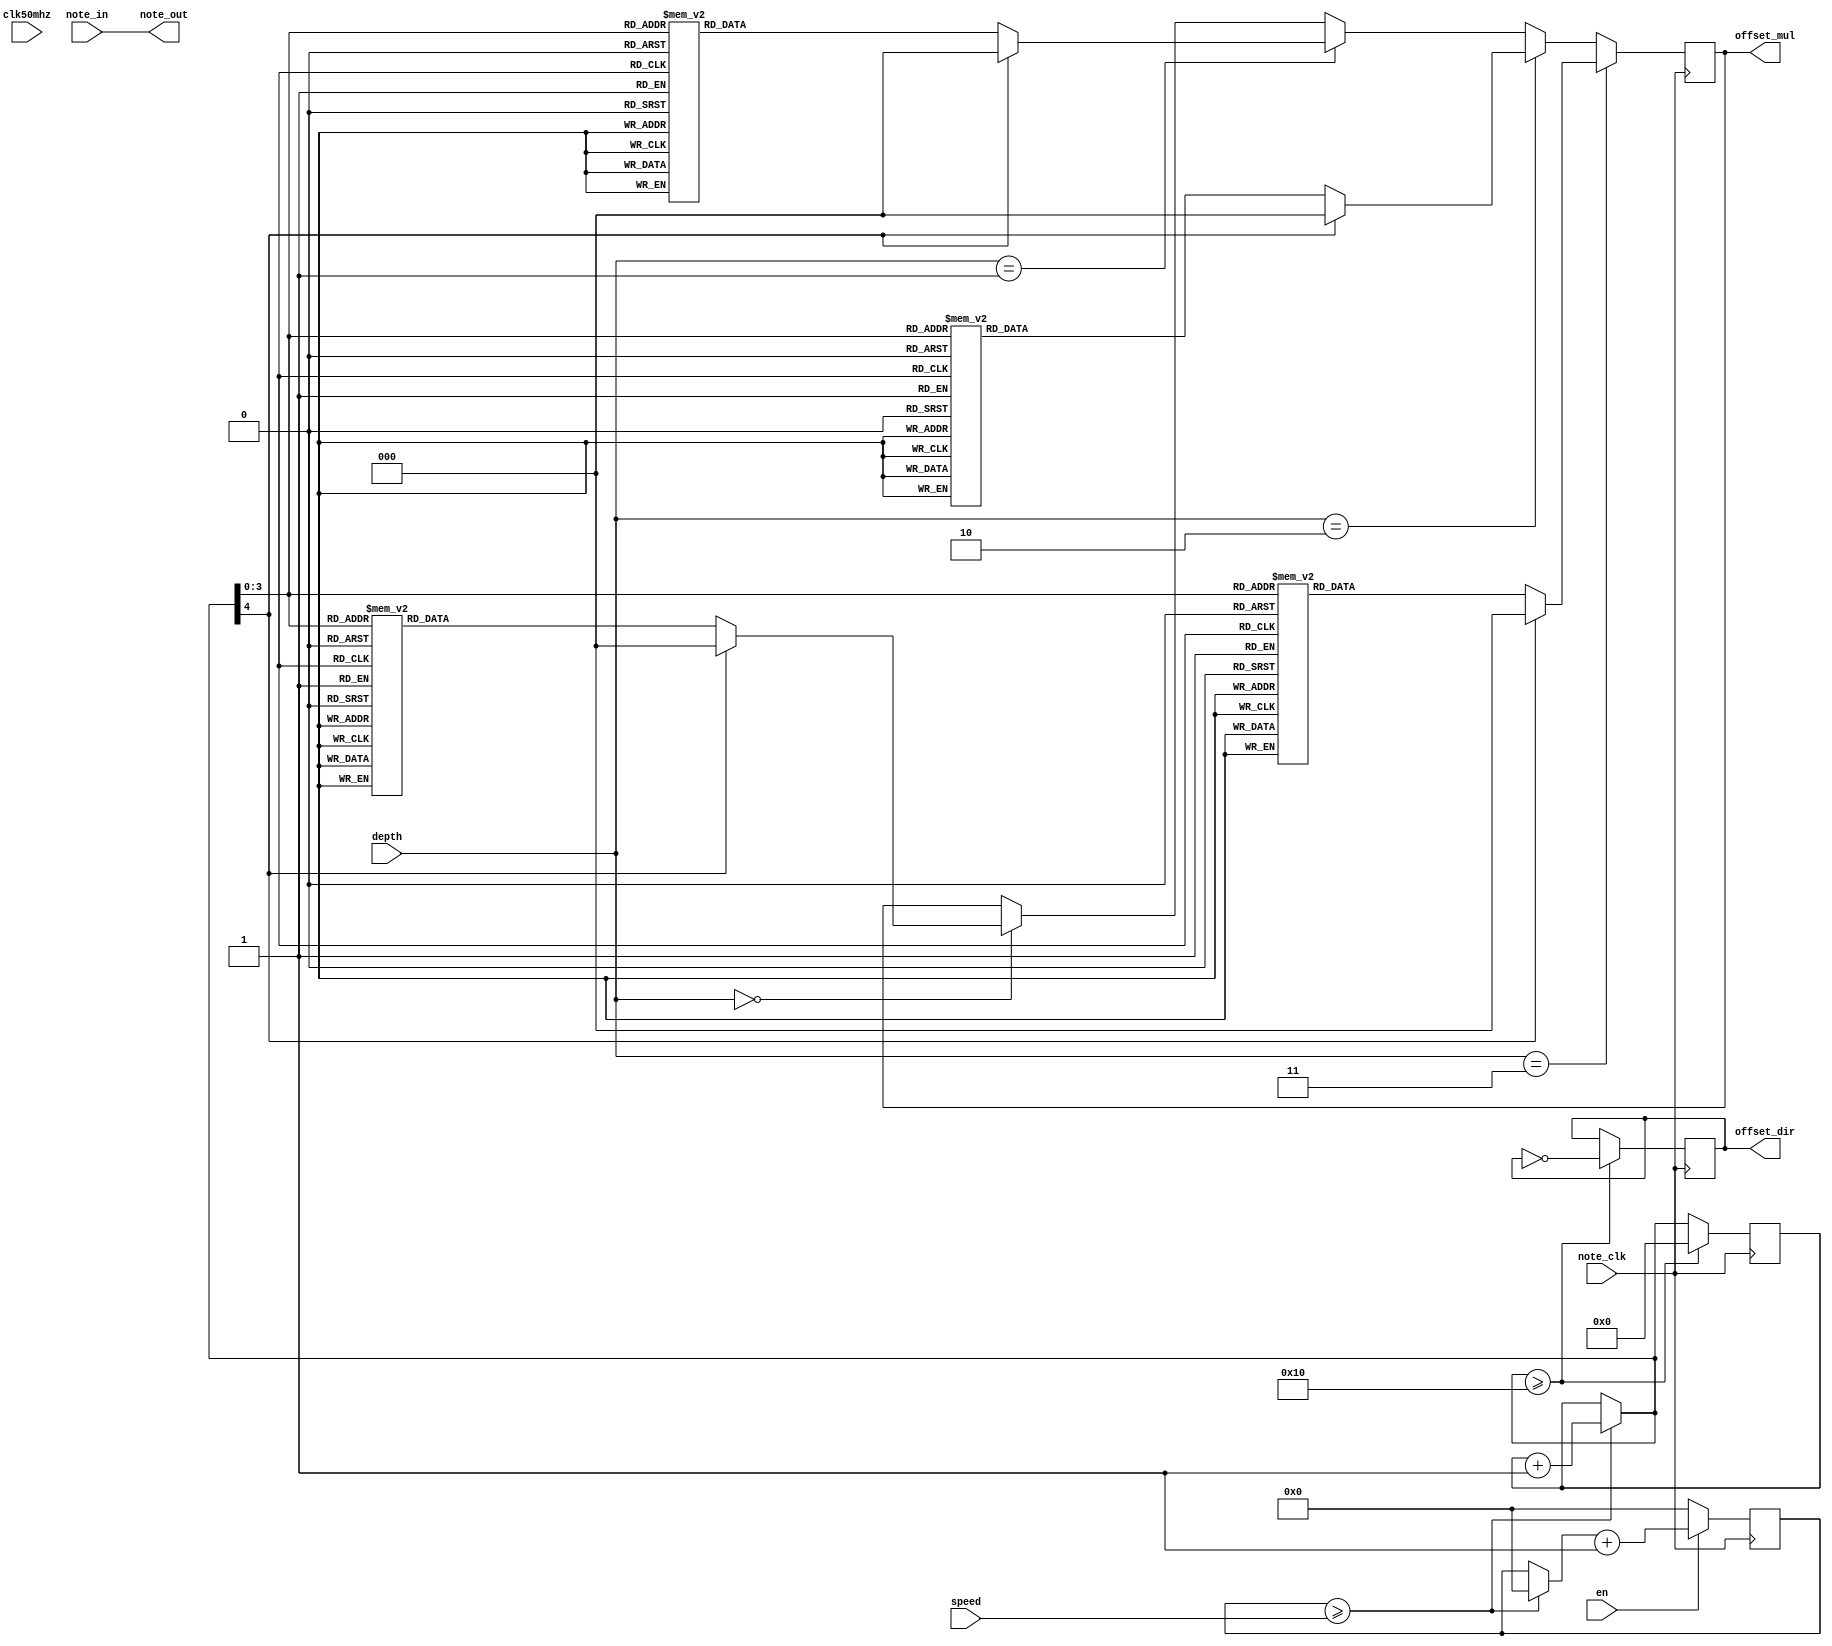
`timescale 1ns / 1ps

module FX_vibrato(
						note_in,
						note_clk,
						note_out,
						speed, 
						depth,
						offset_mul,
						offset_dir,
						en,
						clk50mhz
    );


input [5:0] note_in;
input note_clk;
output [5:0] note_out;
input [1:0] speed; //when speed goes up, vibrato slows down. 
input [1:0] depth;

output reg [2:0] offset_mul;
output reg offset_dir;

input en;
input clk50mhz;

reg [4:0] speed_counter;
reg [3:0] count;  


assign note_out = note_in; //note coming in doesn't change, we just apply some pitch bending via the BFG. 

initial 
begin
	speed_counter = 0;
	offset_mul = 0;
	count = 0;
	offset_dir = 0;

end


always@(posedge note_clk)
	begin
	
	if (count >= speed)
	begin
		count = 0;
		speed_counter = speed_counter + 1;
	end
	
	
	if(depth == 3)
	begin
		case(speed_counter)
			0: offset_mul = 0; 
			1: offset_mul = 1; 
			2: offset_mul = 2; 
			3: offset_mul = 3; 
			4: offset_mul = 4; 
			5: offset_mul = 5; 
			6: offset_mul = 6; 
			7: offset_mul = 7; 
			8: offset_mul = 7; 
			9: offset_mul = 6; 
			10: offset_mul = 5; 
			11: offset_mul = 4; 
			12: offset_mul = 3; 
			13: offset_mul = 2; 
			14: offset_mul = 1; 
			15: offset_mul = 0; 
			default: offset_mul = 0; 
		endcase
			
	end
	else if(depth == 2)
	begin
		case(speed_counter)
			0: offset_mul = 0; 
			1: offset_mul = 1; 
			2: offset_mul = 1; 
			3: offset_mul = 2; 
			4: offset_mul = 2; 
			5: offset_mul = 3; 
			6: offset_mul = 3; 
			7: offset_mul = 4; 
			8: offset_mul = 4; 
			9: offset_mul = 3; 
			10: offset_mul = 3; 
			11: offset_mul = 2; 
			12: offset_mul = 2; 
			13: offset_mul = 1; 
			14: offset_mul = 1; 
			15: offset_mul = 0;
			default: offset_mul = 0; 
		endcase			
	end
	else if (depth == 1)
	begin
		case(speed_counter)
			0: offset_mul = 0; 
			1: offset_mul = 0; 
			2: offset_mul = 1; 
			3: offset_mul = 1; 
			4: offset_mul = 1; 
			5: offset_mul = 1; 
			6: offset_mul = 2; 
			7: offset_mul = 2; 
			8: offset_mul = 2; 
			9: offset_mul = 2; 
			10: offset_mul = 1; 
			11: offset_mul = 1; 
			12: offset_mul = 1; 
			13: offset_mul = 1; 
			14: offset_mul = 0; 
			15: offset_mul = 0;
			default: offset_mul = 0; 
		endcase			
	
	end
	else if (depth == 0)
	begin
		case(speed_counter)
			0: offset_mul = 0; 
			1: offset_mul = 0; 
			2: offset_mul = 0; 
			3: offset_mul = 0; 
			4: offset_mul = 1; 
			5: offset_mul = 1; 
			6: offset_mul = 1; 
			7: offset_mul = 1; 
			8: offset_mul = 1; 
			9: offset_mul = 1; 
			10: offset_mul = 1; 
			11: offset_mul = 1; 
			12: offset_mul = 0; 
			13: offset_mul = 0; 
			14: offset_mul = 0; 
			15: offset_mul = 0; 
			default: offset_mul = 0; 
		endcase
	end
	
	
	if(speed_counter >= 16) //if we reach the end of the speed ctr, flip the offset direction. 
	begin
		speed_counter = 0;
		offset_dir = ~offset_dir;
	end
	if(en)
	begin
		count= count + 1;
	end
	else
	begin
		count = 0;
	end 
	
	//if (count >= 16)
	//begin
	//	count = 0;
	//end

	//if(!en)
	//begin
	//	count = 0;
	//end


end

endmodule